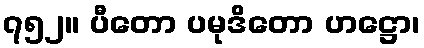
၇၅၂။ ပီတော ပမုဒိတော ဟဋ္ဌော၊